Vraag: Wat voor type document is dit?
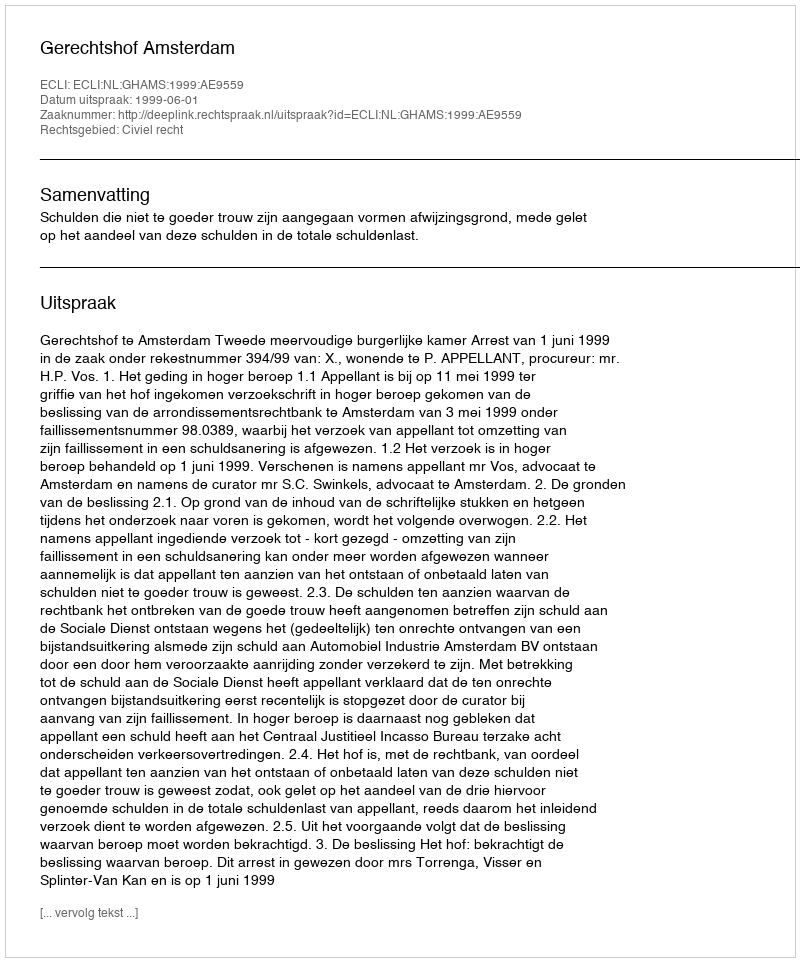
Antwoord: Uitspraak